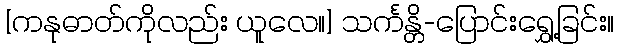
[ကနုဓာတ်ကိုလည်း ယူလေ။] သင်္ကန္တိ-ပြောင်းရွှေ့ခြင်း။